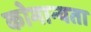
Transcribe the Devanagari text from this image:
कोमान्यता